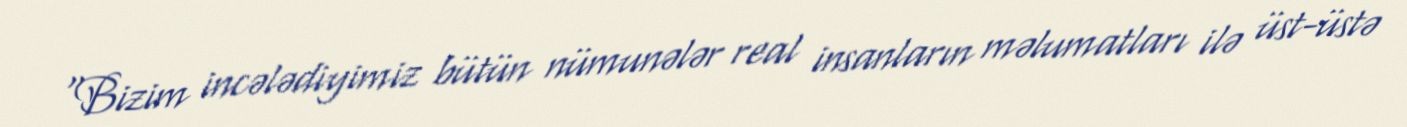
“Bizim incələdiyimiz bütün nümunələr real insanların məlumatları ilə üst-üstə